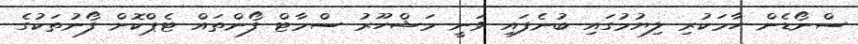
ސްނޯޑެން ހާމަކުރި ލިޔުމުގައި ބުނެފައި ވަނީ މަޝްހޫރު ސްމާޓް ފޯންތައް ޓެޕްކޮށް ފޯނުތަކުގެ